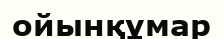
ойынқұмар